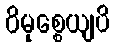
ဝိမုစ္စေယျပိ